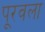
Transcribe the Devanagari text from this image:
पूरवला